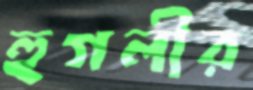
হুগলীর